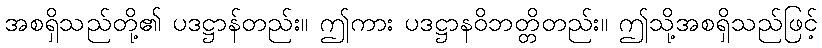
အစရှိသည်တို့၏ ပဒဋ္ဌာန်တည်း။ ဤကား ပဒဋ္ဌာနဝိဘတ္တိတည်း။ ဤသို့အစရှိသည်ဖြင့်